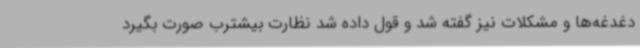
دغدغه‌ها و مشکلات نیز گفته شد و قول داده شد نظارت بیشترب صورت بگیرد